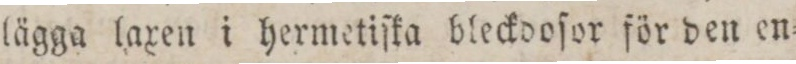
lägga laxen i hermetiſka bleckdoſor för den en=